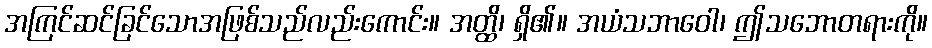
အကြင်ဆင်ခြင်သောအဖြစ်သည်လည်းကောင်း။ အတ္ထိ၊ ရှိ၏။ အယံသဘာဝေါ၊ ဤသဘောတရားကို။